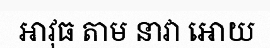
អាវុធ តាម នាវា អោយ